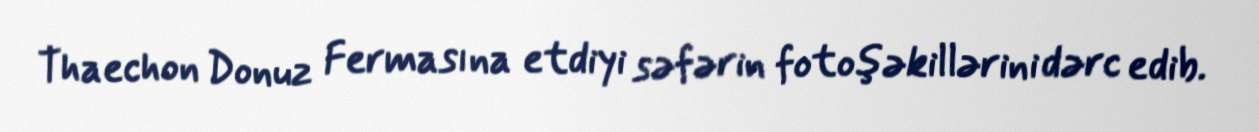
Thaechon Donuz Fermasına etdiyi səfərin fotoşəkillərini dərc edib.